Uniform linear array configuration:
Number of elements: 32
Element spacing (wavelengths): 1
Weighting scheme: binomial
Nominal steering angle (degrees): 15
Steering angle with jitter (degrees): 13.04
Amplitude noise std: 0.05
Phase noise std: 0.05

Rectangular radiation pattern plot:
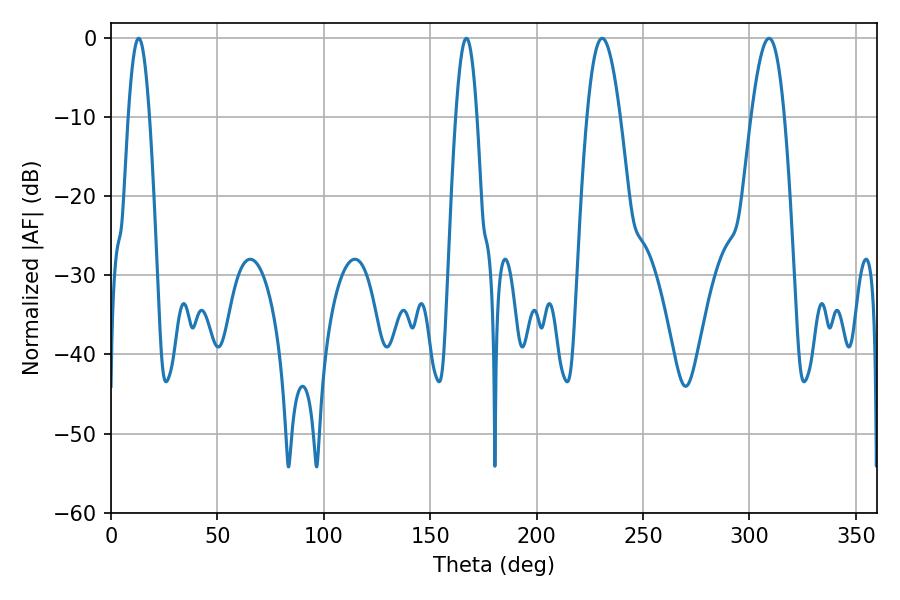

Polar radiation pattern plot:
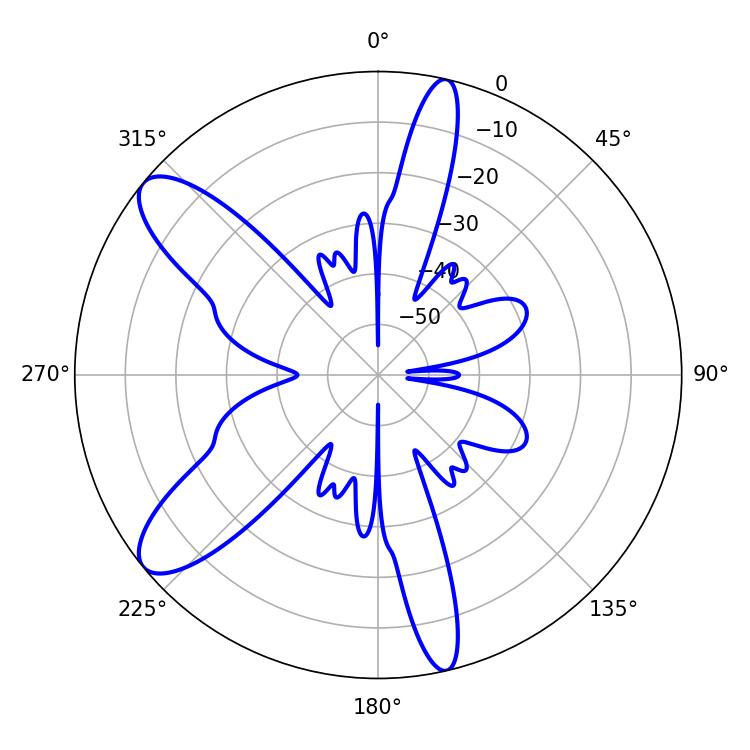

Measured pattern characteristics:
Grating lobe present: TRUE
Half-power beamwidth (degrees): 8.46
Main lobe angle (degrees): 230.76